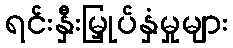
ရင်းနှီးမြှုပ်နှံမှုများ